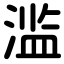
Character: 滥